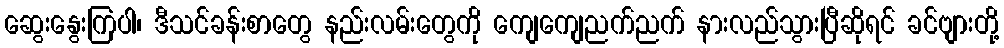
ဆွေးနွေးကြပါ၊ ဒီသင်ခန်းစာတွေ နည်းလမ်းတွေကို ကျေကျေညက်ညက် နားလည်သွားပြီဆိုရင် ခင်ဗျားတို့